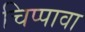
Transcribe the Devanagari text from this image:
चिप्पावा